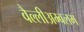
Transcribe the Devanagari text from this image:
वैल्लीअम्बलम